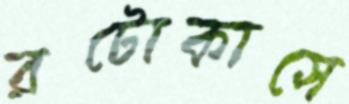
রটোকাসে